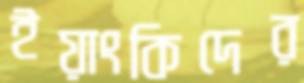
ইয়াংকিদের